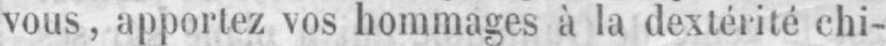
vous, apportez vos hommages à la dextérité chi-